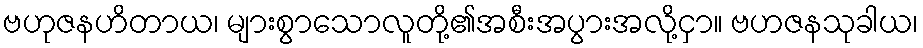
ဗဟုဇနဟိတာယ၊ များစွာသောလူတို့၏အစီးအပွားအလို့ငှာ။ ဗဟဇနသုခါယ၊